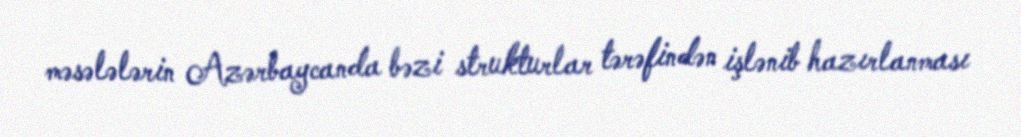
məsələlərin Azərbaycanda bəzi strukturlar tərəfindən işlənib hazırlanması